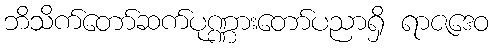
ဘိသိက်တော်ဆက်ပုဏ္ဏားတော်ပညာရှိ ရာဇဒေဝ